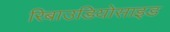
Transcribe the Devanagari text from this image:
रिबाउडियोसाइड